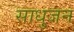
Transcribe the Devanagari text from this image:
साधुजन